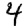
Digit: 4